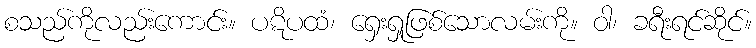
စသည်ကိုလည်းကောင်း။ ပဋိပထံ၊ ရှေးရှုဖြစ်သောလမ်းကို။ ဝါ၊ ခရီးရင်ဆိုင်။